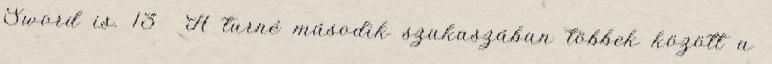
Sword is. 13 A turné második szakaszában többek között a